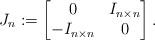
LaTeX: \begin{align*}J_n:=\begin{bmatrix}0 & I_{n\times n}\\-I_{n\times n} & 0\end{bmatrix}.\end{align*}